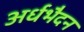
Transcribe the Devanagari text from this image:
अर्धभैदन